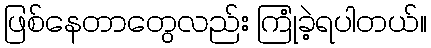
ဖြစ်နေတာတွေလည်း ကြုံခဲ့ရပါတယ်။